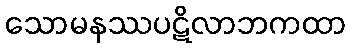
သောမနဿပဋိလာဘကထာ